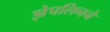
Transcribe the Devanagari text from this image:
झेपलिनने